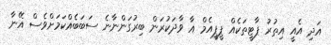
އަދި އެއީ އިތުރު ޕާޓީތަކެއް ޕީޕީއެމް އާ ވާދަކުރަން ބިރުގަންނާނެ ސަބަބެއްކަމަށްވެސް އޭނާ